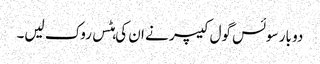
دو بار سوئس گول کیپر نے ان کی ہٹس روک لیں۔